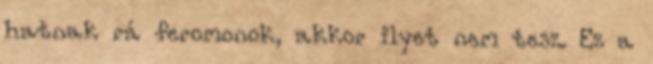
hatnak rá feromonok, akkor ilyet nem tesz. Ez a